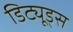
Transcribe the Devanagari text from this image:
डिट्यूड्स